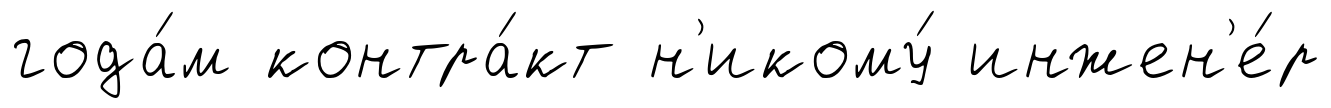
года́м контра́кт н'икому́ инжен'е́р